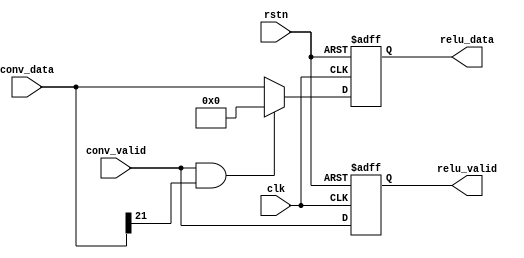
module relu (
    input clk,
    input rstn,
    input  conv_valid,
    input  signed [21:0]  conv_data,    
    output  relu_valid,
    output  signed [21:0]  relu_data  
);

    reg  valid_reg;
    reg  signed [21:0]  data_reg; 

    always @(posedge clk or negedge rstn) begin
        if(rstn == 1'b0)
            data_reg<= 0;
        else if((conv_valid == 1) && (conv_data[21] == 1))
            data_reg<= 0;
        else data_reg<= conv_data;
    end

    always @(posedge clk or negedge rstn) begin
        if(rstn == 1'b0)
            valid_reg<= 0;
        else valid_reg <= conv_valid;
    end

    assign relu_valid = valid_reg;
    assign relu_data = data_reg;

endmodule //relu